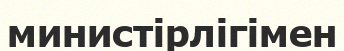
министірлігімен